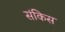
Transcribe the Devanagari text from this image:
संकिस